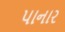
પાનાર